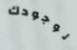
لوجودك